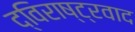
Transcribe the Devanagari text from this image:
द्विराष्ट्रवाद